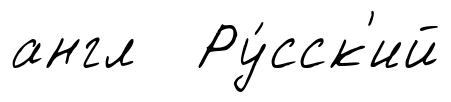
англ Ру́сск'ий